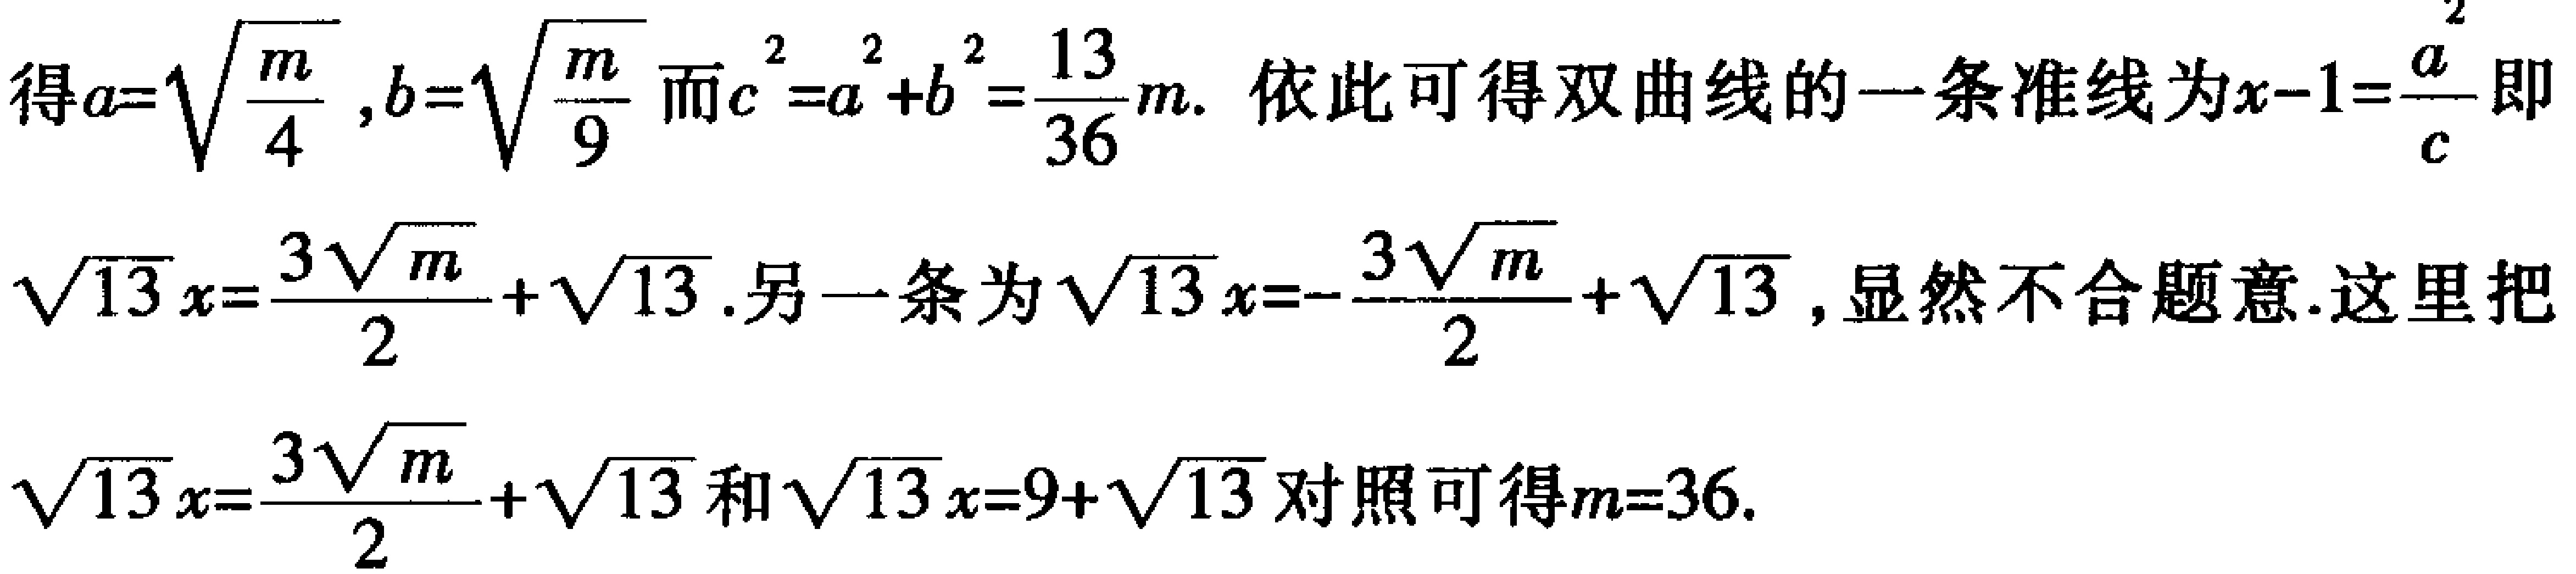
得\(a = \sqrt{\frac{m}{4}}, b = \sqrt{\frac{m}{9}}\)而\(c^{2}=a^{2}+b^{2}=\frac{13}{36}m\). 依此可得双曲线的一条准线为\(x - 1=\frac{a^{2}}{c}\)即

\(\sqrt{13}x=\frac{3\sqrt{m}}{2}+\sqrt{13}\).另一条为\(\sqrt{13}x = -\frac{3\sqrt{m}}{2}+\sqrt{13}\), 显然不合题意. 这里把

\(\sqrt{13}x=\frac{3\sqrt{m}}{2}+\sqrt{13}\)和\(\sqrt{13}x = 9+\sqrt{13}\)对照可得\(m = 36\).